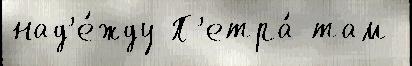
над'е́жду П'етра́ там